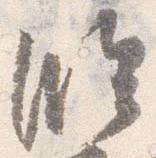
臨